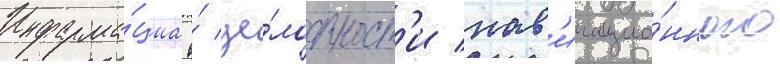
Информа́циа о́ це́лостност'и нав'игацио́нного